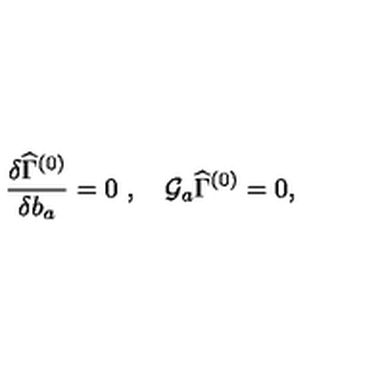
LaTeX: { { \frac { \delta \widehat \Gamma ^ { ( 0 ) } } { \delta b _ { a } } } } = 0 \ , \quad { \cal G } _ { a } \widehat { \Gamma } ^ { ( 0 ) } = 0 ,